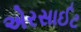
એરસાઈટ